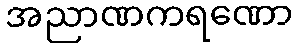
အညာဏကရဏော